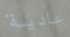
عادية